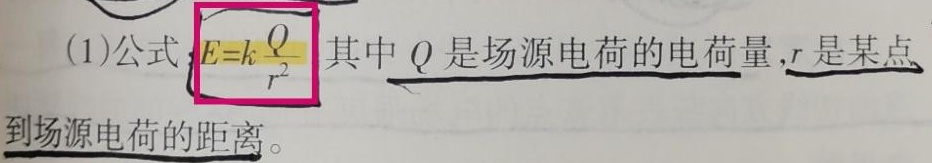
(1)公式：\(E = k\frac{Q}{r^{2}}\)，其中 \(Q\) 是场源电荷的电荷量，\(r\) 是某点到场源电荷的距离。